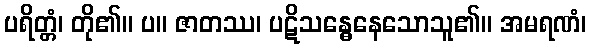
ပရိတ္တံ၊ တို၏။ ပ။ ဇာတဿ၊ ပဋိသန္ဓေနေသောသူ၏။ အမရဏံ၊